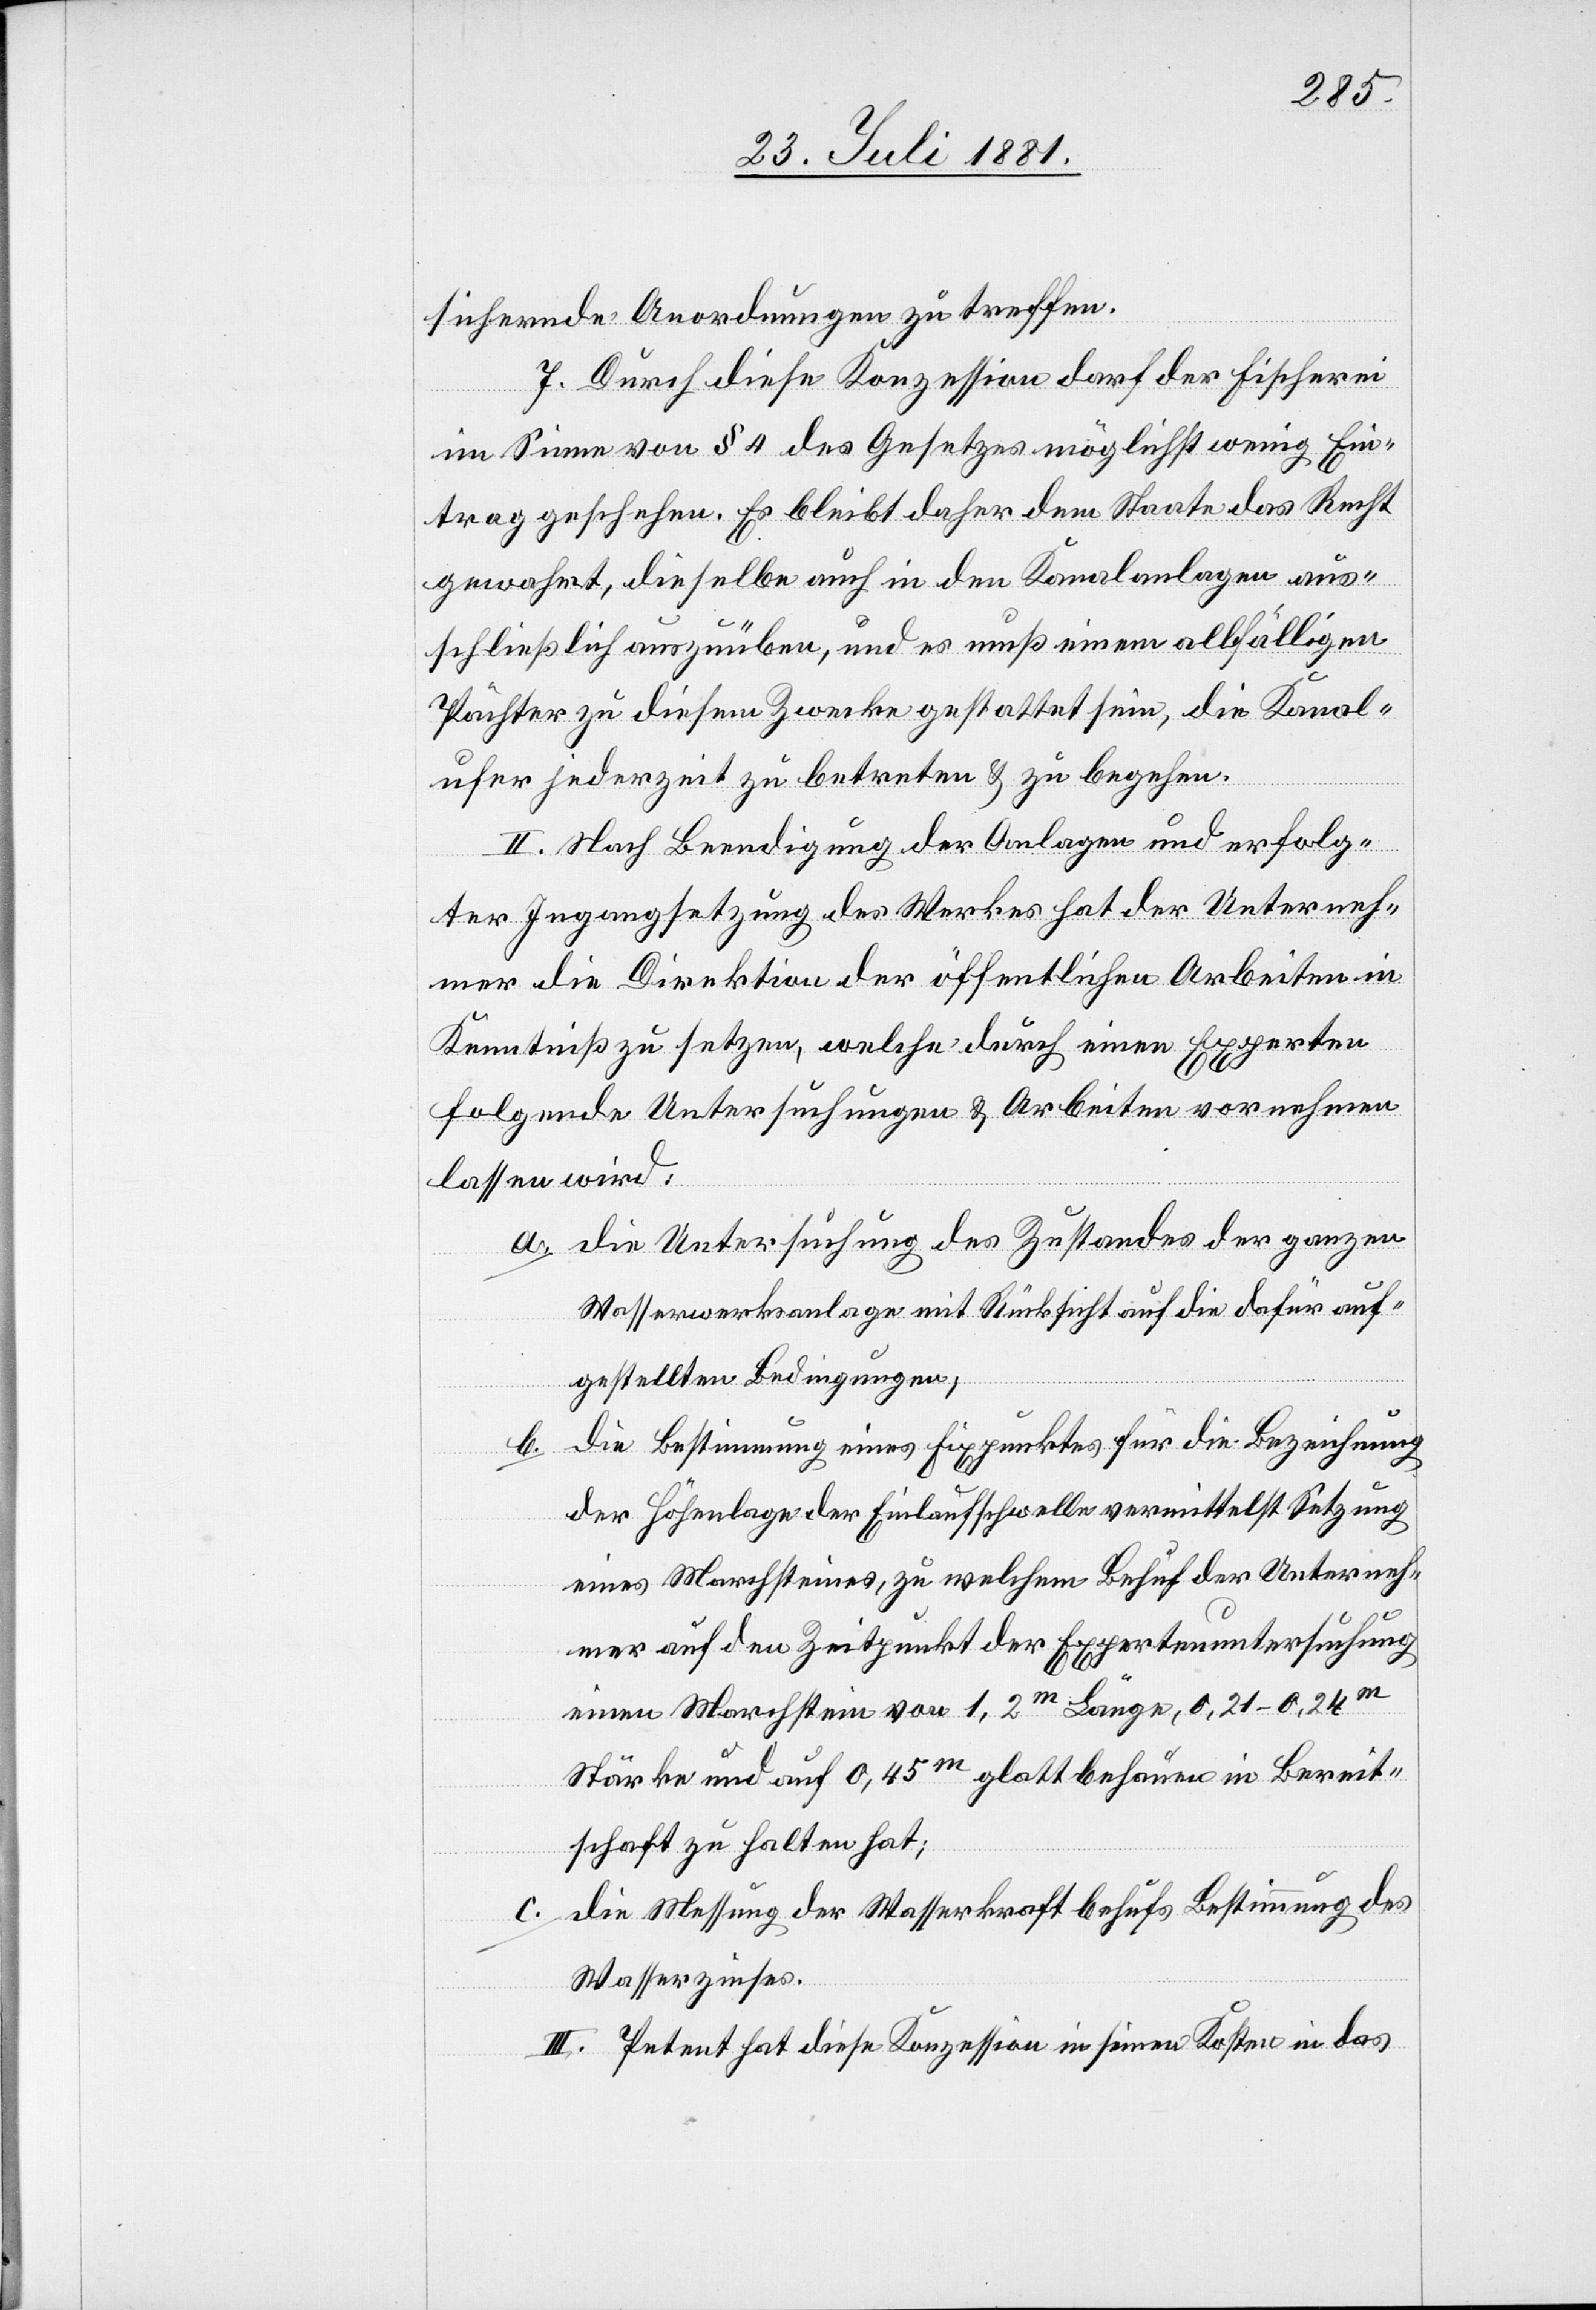
sichernde Anordnungen zu treffen.
7. Durch diese Konzession darf der Fischerei
im Sinne von § 4 des Gesetzes möglichst wenig Ein¬
trag geschehen. Es bleibt daher dem Staate das Recht
gewahrt, dieselbe auch in den Kanalanlagen aus¬
schließlich auszuüben, und es muss einem allfälligen
Pächter zu diesem Zwecke gestattet sein, die Kanal¬
ufer jederzeit zu betreten & zu begehen.
II. Nach Beendigung der Anlagen und erfolg¬
ter Ingangsetzung des Werkes hat der Unterneh¬
mer die Direktion der öffentlichen Arbeiten in
Kenntniß zu setzen, welche durch einen Experten
folgende Untersuchungen & Arbeiten vornehmen
lassen wird:
a. die Untersuchung des Zustandes der ganzen
Wasserwerksanlage mit Rücksicht auf die dafür auf¬
gestellten Bedingungen,
die Bestimmung eines Fixpunktes für die Bezeichnung
der Höhenlage der Einlaufschwelle vermittelst Setzung
eines Marchsteines, zu welchem Behuf der Unterneh¬
mer auf den Zeitpunkt der Expertenuntersuchung
einen Marchstein von 1,2m Länge, 0,21–0,24m
Stärke und auf 0,45m glatt behauen in Bereit¬
schaft zu halten hat;
c. die Messung der Wasserkraft behufs Bestimmung des
Wasserzinses.
III. Petent hat diese Konzession in seinen Kosten in das